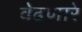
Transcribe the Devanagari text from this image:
वेढणारे